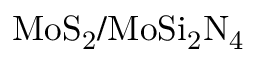
\mathrm { M o S _ { 2 } / M o S i _ { 2 } N _ { 4 } }